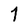
Character: 7